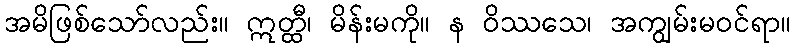
အမိဖြစ်သော်လည်း။ ဣတ္ထီ၊ မိန်းမကို။ န ဝိဿသေ၊ အကျွမ်းမဝင်ရာ။